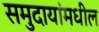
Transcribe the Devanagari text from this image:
समुदायांमधील